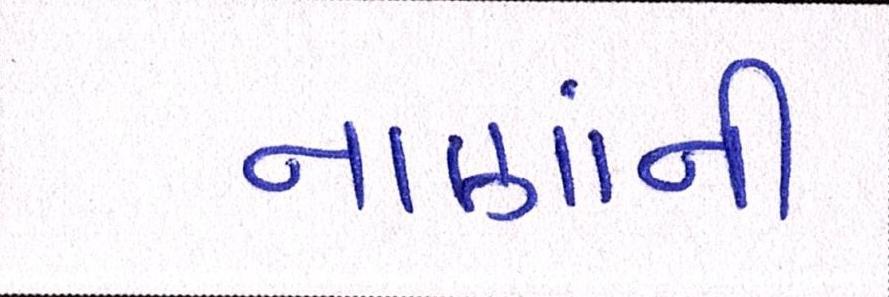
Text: નાણાંની